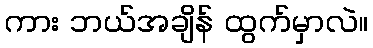
ကား ဘယ်အချိန် ထွက်မှာလဲ။